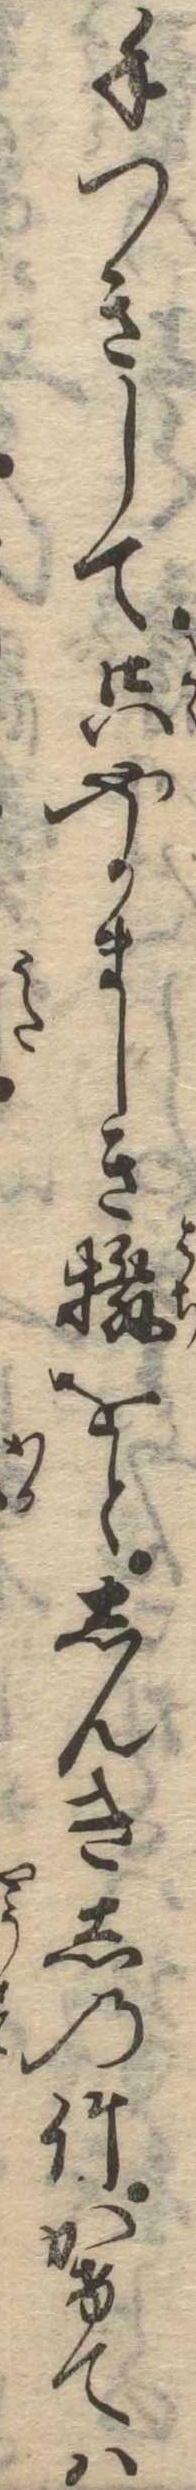
手つきして只やかましき撥をとしんきしの竹かけては